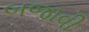
બજાવી